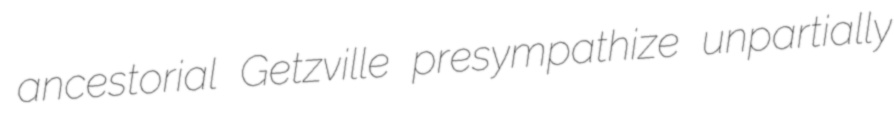
ancestorial Getzville presympathize unpartially